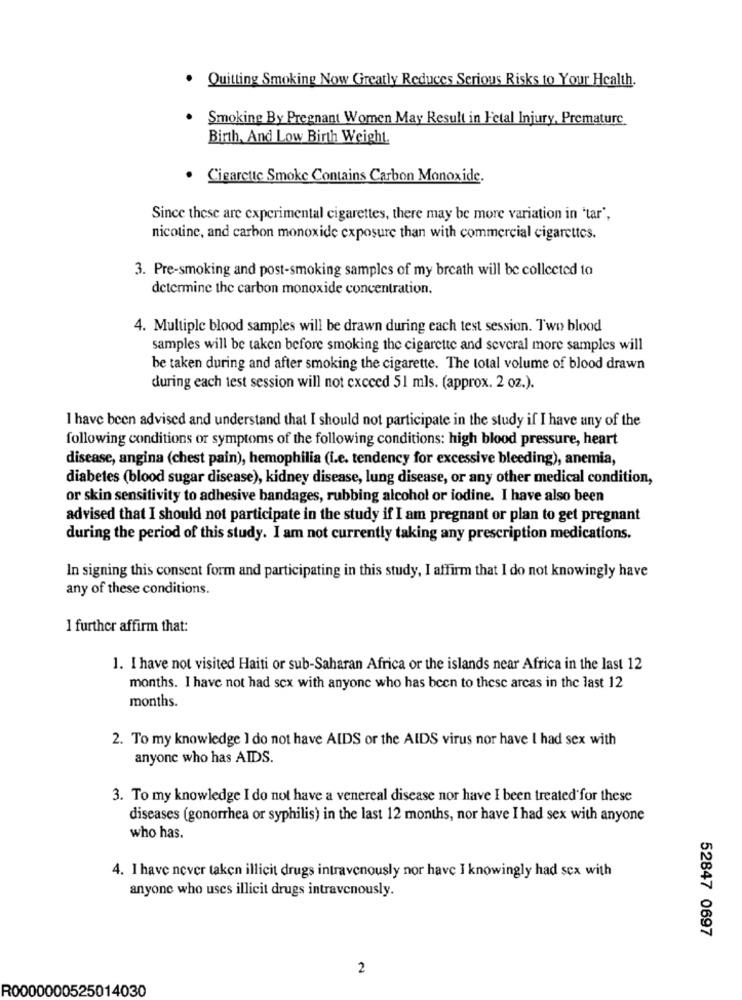
Quitting Smoking Now Greatly Reduces Serious Risks to Your Health.
Smoking By Pregnant Women May Result in Fetal Injury, Premature
Birth, And Low Birth Weight
. Cigarette Smoke Contains Carbon Monoxide.
Since these are experimental cigarettes, there may be more variation in 'tar',
nicotine, and carbon monoxide exposure than with commercial cigarettes.
3. Pre-smoking and post-smoking samples of my breath will be collected to
determine the carbon monoxide concentration.
4. Multiple blood samples will be drawn during each test session. Two blood
samples will be taken before smoking the cigarette and several more samples will
be taken during and after smoking the cigarette. The total volume of blood drawn
during each test session will not cxcced 51 mls. (approx. 2 oz.).
I have been advised and understand that I should not participate in the study if I have any of the
following conditions or symptoms of the following conditions: high blood pressure, heart
disease, angina (chest pain), hemophilia (i.e. tendency for excessive bleeding), anemia,
diabetes (blood sugar disease), kidney disease, lung disease, or any other medical condition,
or skin sensitivity to adhesive bandages, rubbing alcohol or iodine. I have also been
advised that I should not participate in the study if I am pregnant or plan to get pregnant
during the period of this study. I am not currently taking any prescription medications.
In signing this consent form and participating in this study, I affirm that I do not knowingly have
any of these conditions.
I further affirm that:
1. I have not visited Haiti or sub-Saharan Africa or the islands near Africa in the last 12
months. I have not had sex with anyone who has been to these arcas in the last 12
months.
2. To my knowledge 1 do not have AIDS or the AIDS virus nor have I had sex with
anyone who has AIDS.
3. To my knowledge I do not have a venereal disease nor have I been treated for these
diseases (gonorrhea or syphilis) in the last 12 months, nor have I had sex with anyone
who has.
4. I have never taken illicit drugs intravenously nor have I knowingly had sex with
anyone who uses illicit drugs intravenously.
52847 0697
2
R0000000525014030